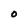
Character: 0